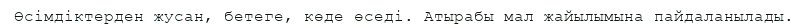
Өсімдіктерден жусан, бетеге, көде өседі. Атырабы мал жайылымына пайдаланылады.